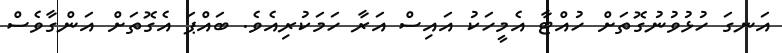
އަނގަ ހުޅުވުނުގޮތަށް ހުއްޓާ އެމީހަކު އައިސް އަރާ ހަމަކުރިއެވެ. ބައްޕަ އެގޮތަށް އަންގާވެސް